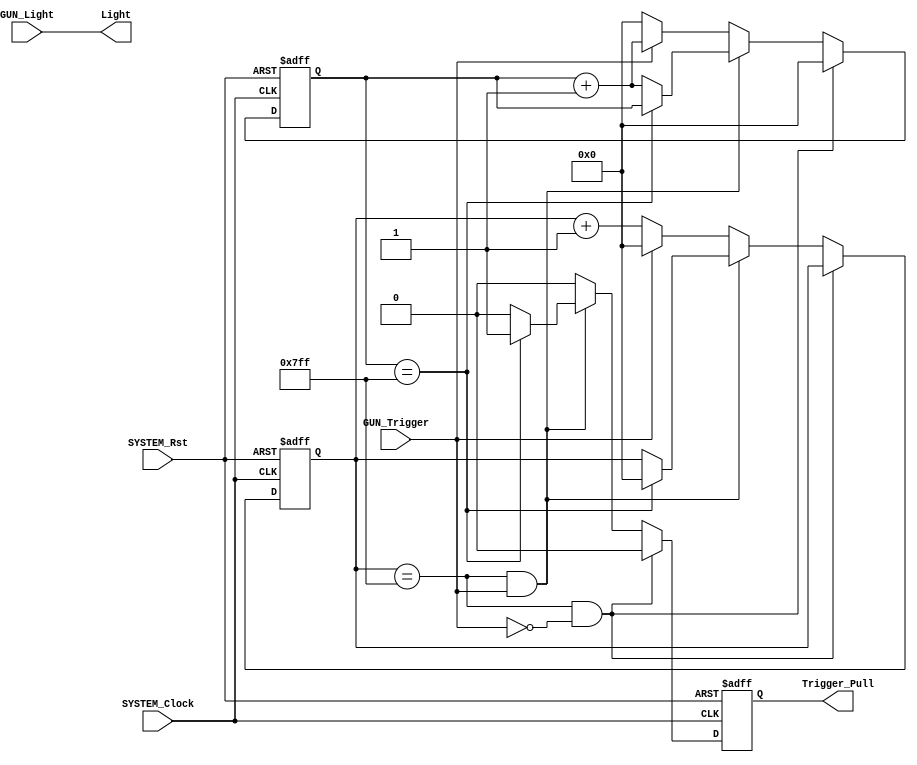
`timescale 1ns / 1ps
//////////////////////////////////////////////////////////////////////////////////
// Company: 
// Engineer: 
// 
// Design Name: 
// Module Name:    g_control 
// Project Name: 
// Target Devices: 
// Tool versions: 
// Description: A controller for the NES Light Gun.  This controller only debounces
//              the trigger pull.  Debouncing is done by counting a large number of
//              consucutive 0's (the trigger is active low).  After it sees alot of
//              0's, it begins counting alot of 1's.  After it sees enough 1's, it
//              knows that the trigger was pulled.  Once the trigger was pulled,
//              the Trigger output goes high, and it will stay high until the
//              read input is asserted.  Trigger goes low in the same cycle that
//              read is asserted.
//
// Dependencies: 
//
// Revision: 
// Revision 0.01 - File Created
// Additional Comments: 
//
//////////////////////////////////////////////////////////////////////////////////
module g_control(
					  input SYSTEM_Clock, //25 MHz Clock
					  input SYSTEM_Rst,   //Reset, will work even with constant 0
					  input GUN_Trigger,  //Input from Gun, tie to pin L4
					  input GUN_Light,    //Input from Gun, tie to pin M2
					  output reg Trigger_Pull,     //Output to processor, interrupt
					  output Light        //Output to processor
                );

	assign Light = GUN_Light;

	reg [10:0] zeroCount; //Counts zeros in a row
	reg [10:0] oneCount;  //Counts ones in a row

	always @(posedge SYSTEM_Clock, posedge SYSTEM_Rst) begin
	 
		if (SYSTEM_Rst) begin
			zeroCount <= 0;
			oneCount <= 0;
			Trigger_Pull <= 0;
		end

		//If got a bunch of 0's, and still getting zeros
		else if (zeroCount == 11'b111_1111_1111 && !GUN_Trigger) begin
		   zeroCount <= zeroCount;
			oneCount <= 0;
			Trigger_Pull <= 0;
		end
		
		//If got a bunch of 0's, and got a 1
		else if (zeroCount == 11'b111_1111_1111 && GUN_Trigger) begin
			//If got a bunch of 1s
			if (oneCount == 11'b111_1111_1111) begin
			   Trigger_Pull <= 1; //Trigger was pulled
				zeroCount <= 0; //Reset 0's
				oneCount <= oneCount; //Keep 1's
			end
			//Otherwise haven't gotten a bunch of 1's
			else begin 
			   oneCount <= oneCount+1'b1; //Increment 1's
				Trigger_Pull <= 0;
				zeroCount <= zeroCount; //Keep 0's
		   end
		end
		
		//Got a 0, increment 0's, reset 1's
		else if (!GUN_Trigger) begin
		   zeroCount <= zeroCount + 1'b1;
			oneCount <= 0;
			Trigger_Pull <= 0;
		end
		
		//Got a 1, increment 1's, reset 0's
		else if (GUN_Trigger) begin
		   zeroCount <= 0;
			oneCount <= oneCount + 1'b1;
			Trigger_Pull <= 0;
		end
	 end
endmodule